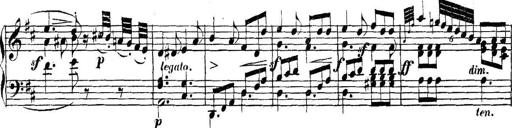
Title: Collected Piano Sonatas
Composer: Muzio Clementi